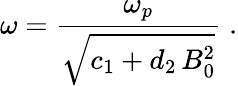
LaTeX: \omega=\frac{\omega_{p}}{\sqrt{c_{1}+d_{2}\, B_{0}^{2}}}\; .